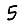
Digit: 5